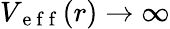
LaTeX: V_{\mathrm{~e~f~f~}}(r)\rightarrow\infty